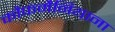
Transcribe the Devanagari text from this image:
कौफमैनियाना